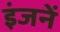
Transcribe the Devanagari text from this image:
इंजनें